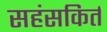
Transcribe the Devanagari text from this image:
सहंसकिर्त